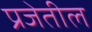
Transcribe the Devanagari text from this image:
प्रजेतील